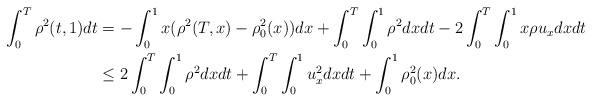
LaTeX: \begin{align*}\int_{0}^{T}\rho^2(t,1)dt&=-\int_{0}^{1}x(\rho^2(T,x)-\rho_0^2(x))dx+\int_{0}^{T}\int_{0}^{1}\rho^2dxdt-2\int_{0}^{T}\int_{0}^{1}x\rho u_xdxdt\\&\leq 2\int_{0}^{T}\int_{0}^{1}\rho^2dxdt+\int_{0}^{T}\int_{0}^{1}u_x^2dxdt+\int_{0}^{1}\rho_0^2(x)dx.\end{align*}